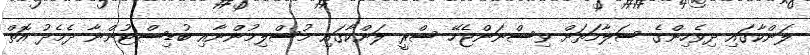
ލަންކާގައި ދިވެހިންގެ ސަލާމަތަށް ވިސްނަންޖެހޭ ސްރީ ލަންކާގައި މުސްލިމުންނާއި ބުޑިސްޓުންނާ ދެމެދު އޮތް